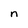
Character: n